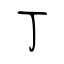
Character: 丁